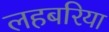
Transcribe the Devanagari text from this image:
लहबरिया